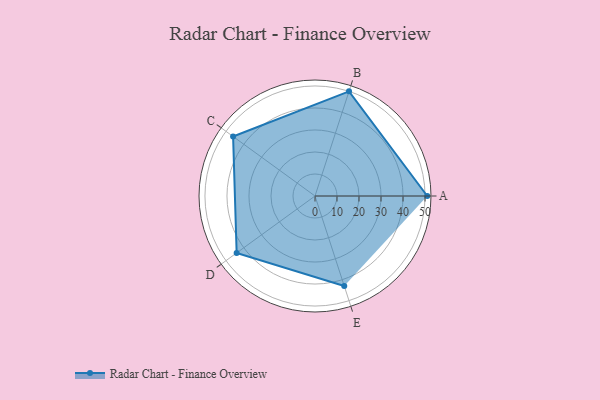
{"axis": {"x": "Skill", "y": "Score"}, "legend": ["Profile"], "data": [{"x": "A", "y": 51.0, "type": "Profile"}, {"x": "B", "y": 50.0, "type": "Profile"}, {"x": "C", "y": 46.0, "type": "Profile"}, {"x": "D", "y": 44.0, "type": "Profile"}, {"x": "E", "y": 43.0, "type": "Profile"}]}